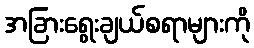
အခြားရွေးချယ်စရာများကို